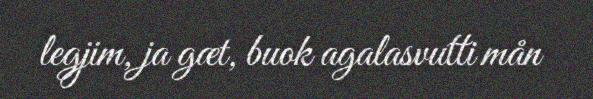
legjim, ja gæt, buok agalasvutti mån